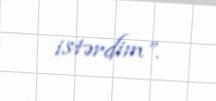
istərdim”.